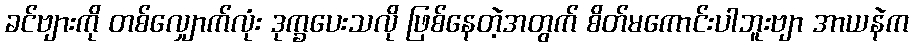
ခင်ဗျားကို တစ်လျှောက်လုံး ဒုက္ခပေးသလို ဖြစ်နေတဲ့အတွက် စိတ်မကောင်းပါဘူးဗျာ အာယနဲက